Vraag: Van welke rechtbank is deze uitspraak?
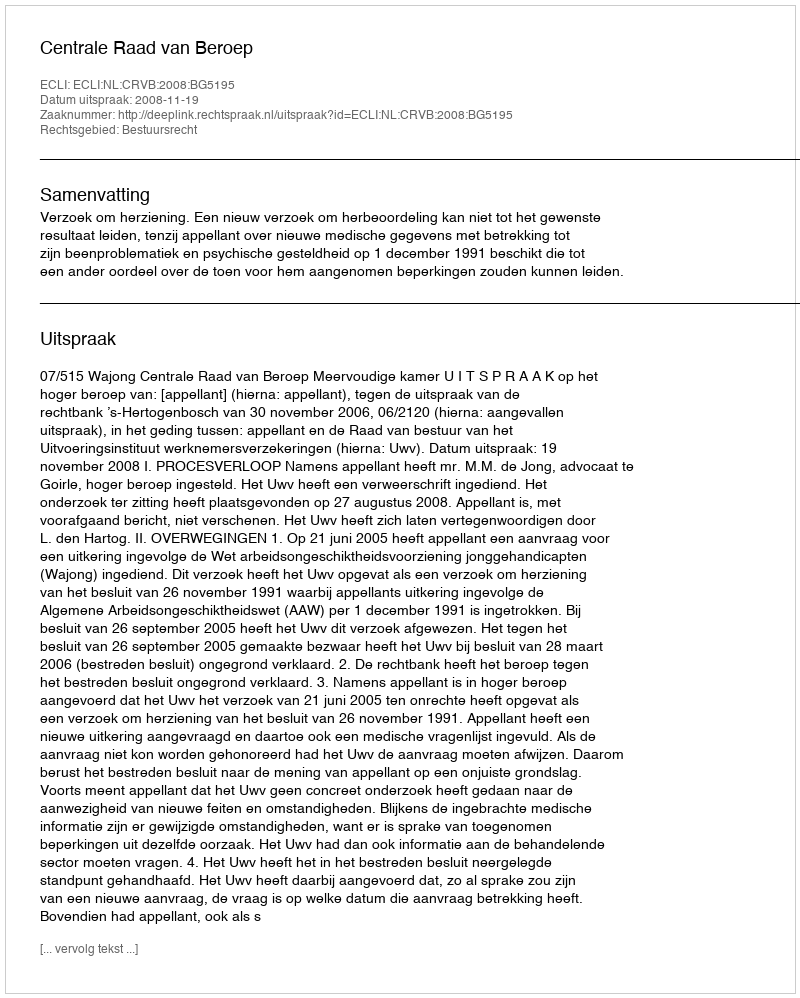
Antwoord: Centrale Raad van Beroep